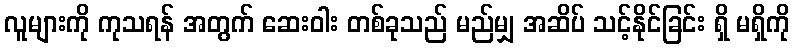
လူများကို ကုသရန် အတွက် ဆေးဝါး တစ်ခုသည် မည်မျှ အဆိပ် သင့်နိုင်ခြင်း ရှိ မရှိကို